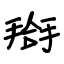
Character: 搿